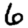
Digit: 6